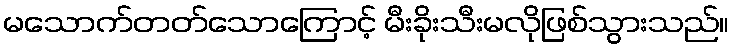
မသောက်တတ်သောကြောင့် မီးခိုးသီးမလိုဖြစ်သွားသည်။